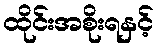
ထိုင်းအစိုးရနှင့်